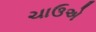
ચાઉએ